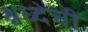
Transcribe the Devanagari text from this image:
श्रध्देची